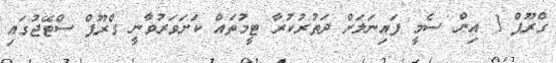
ގްރޫޕް 1 އިން ސެމީ ފައިނަލަށް ދަތުރުކުރާ ޓީމުތައް ކަށަވަރުވާނީ ގްރޫޕް ސްޓޭޖުގައި